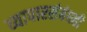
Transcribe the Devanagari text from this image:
व्यापारसंबंधही